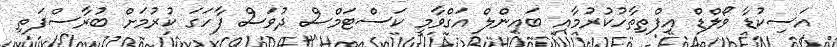
އަސިކުޑާ ވޯލްޑް އިފްތިތާހުކުރުމާއި ބައިންލް އަގްވާމީ ކަސްޓަމްސް ދުވަސް ފާހަގަ ކުރުމަށް ބުރާސްފަތި